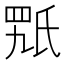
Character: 𣱍